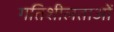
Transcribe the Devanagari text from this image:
गतिशीलताओं